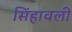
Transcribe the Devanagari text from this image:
सिंहावली